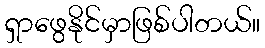
ရှာဖွေနိုင်မှာဖြစ်ပါတယ်။